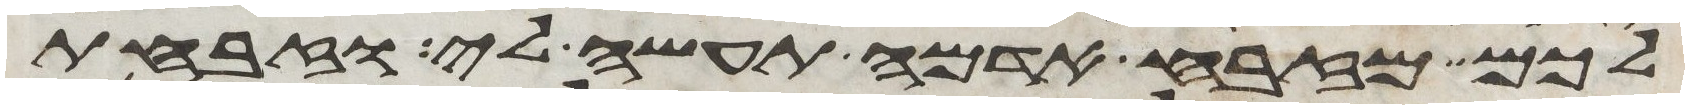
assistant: לכם מזבח אדמה תעשה לי וזבחת